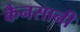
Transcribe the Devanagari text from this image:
कैनसानी